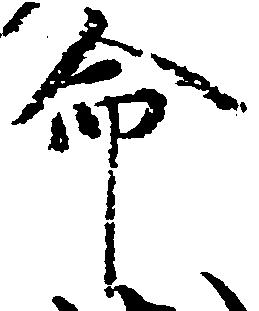
命